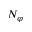
N _ { \varphi }